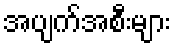
အပျက်အစီးများ